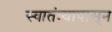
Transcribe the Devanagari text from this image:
स्वातंत्र्यापासून